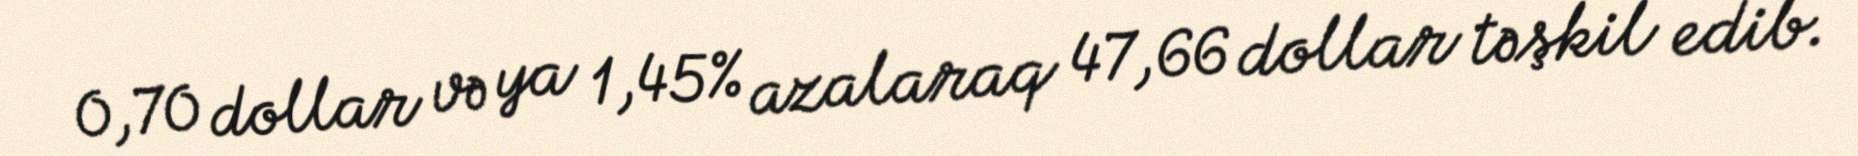
0,70 dollar və ya 1,45% azalaraq 47,66 dollar təşkil edib.